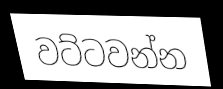
වට්ටවන්න